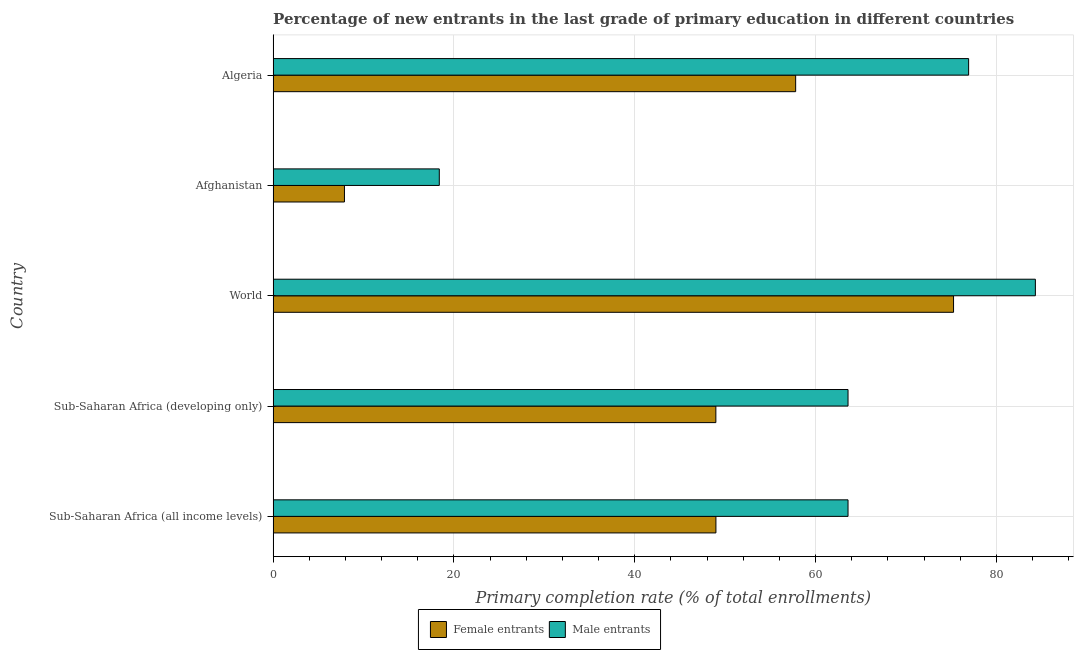
| Country | Female entrants | Male entrants |
 | --- | --- | --- |
 | Sub-Saharan Africa (all income levels) | 49 | 63.6 |
 | Sub-Saharan Africa (developing only) | 49 | 63.6 |
 | World | 75.3 | 84.3 |
 | Afghanistan | 7.89 | 18.4 |
 | Algeria | 57.8 | 76.9 |